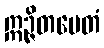
ဣဉ္ဇိတမေတံ